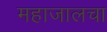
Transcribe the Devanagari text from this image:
महाजालचा